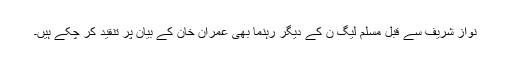
نواز شریف سے قبل مسلم لیگ ن کے دیگر رہنما بھی عمران خان کے بیان پر تنقید کر چکے ہیں۔